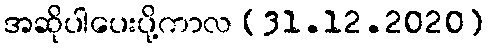
အဆိုပါပေးပို့ကာလ (31.12.2020)